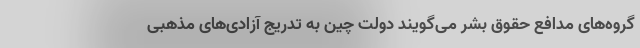
گروه‌های مدافع حقوق بشر می‌گویند دولت چین به تدریج آزادی‌های مذهبی